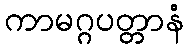
ကာမဂ္ဂပတ္တာနံ